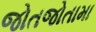
જોતજોતામા